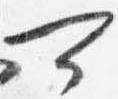
可